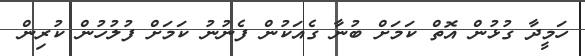
ހަމީދާ ގުޅުން އޮތް ކަމަށް ބުނާ ގެއަކުން ފެނުނު ކަމަށް ފުލުހުން ކުރިން